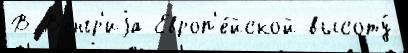
В В'е́нгр'иjа Европ'е́йской высоту́